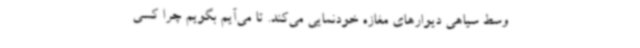
وسط سیاهی دیوارهای مغازه خودنمایی می‌کند. تا می‌آیم بگویم چرا کسی